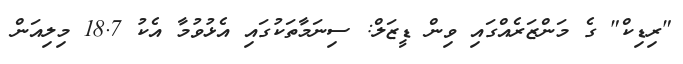
"ރިޑިކް" ގެ މަންޒަރެއްގައި ވިން ޑީޒަލް: ސިނަމާތަކުގައި އެޅުވުމާ އެކު 18.7 މިލިއަން